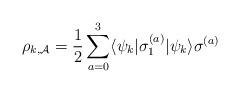
LaTeX: \begin{align*} \rho_{k,\mathcal{A}}=\frac{1}{2}\sum_{a=0}^3\langle\psi_k|\sigma_{ 1 }^{(a)}|\psi_k\rangle\sigma^{(a)}\end{align*}